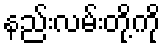
နည်းလမ်းတို့ကို